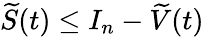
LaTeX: \widetilde{S}(t)\leq I_{n}-\widetilde{V}(t)